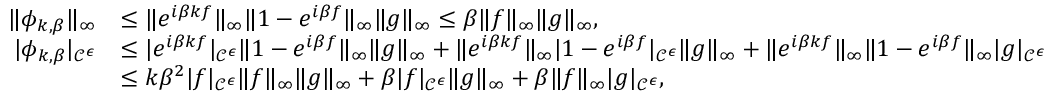
\begin{array} { r l } { \| \phi _ { k , \beta } \| _ { \infty } } & { \leq \| e ^ { i \beta k f } \| _ { \infty } \| 1 - e ^ { i \beta f } \| _ { \infty } \| g \| _ { \infty } \leq \beta \| f \| _ { \infty } \| g \| _ { \infty } , } \\ { | \phi _ { k , \beta } | _ { \mathcal { C } ^ { \epsilon } } } & { \leq | e ^ { i \beta k f } | _ { \mathcal { C } ^ { \epsilon } } \| 1 - e ^ { i \beta f } \| _ { \infty } \| g \| _ { \infty } + \| e ^ { i \beta k f } \| _ { \infty } | 1 - e ^ { i \beta f } | _ { \mathcal { C } ^ { \epsilon } } \| g \| _ { \infty } + \| e ^ { i \beta k f } \| _ { \infty } \| 1 - e ^ { i \beta f } \| _ { \infty } | g | _ { \mathcal { C } ^ { \epsilon } } } \\ & { \leq k \beta ^ { 2 } | f | _ { \mathcal { C } ^ { \epsilon } } \| f \| _ { \infty } \| g \| _ { \infty } + \beta | f | _ { \mathcal { C } ^ { \epsilon } } \| g \| _ { \infty } + \beta \| f \| _ { \infty } | g | _ { \mathcal { C } ^ { \epsilon } } , } \end{array}